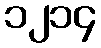
၁၂၁၄